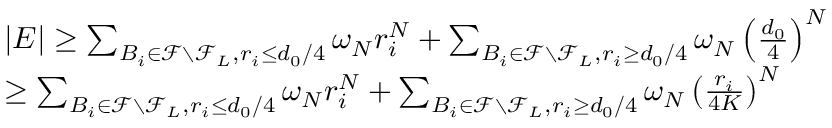
\begin{array} { r l } & { | E | \ge \sum _ { B _ { i } \in \mathcal { F } \setminus \mathcal { F } _ { L } , r _ { i } \le d _ { 0 } / 4 } \omega _ { N } r _ { i } ^ { N } + \sum _ { B _ { i } \in \mathcal { F } \setminus \mathcal { F } _ { L } , r _ { i } \ge d _ { 0 } / 4 } \omega _ { N } \left( \frac { d _ { 0 } } { 4 } \right) ^ { N } } \\ & { \ge \sum _ { B _ { i } \in \mathcal { F } \setminus \mathcal { F } _ { L } , r _ { i } \le d _ { 0 } / 4 } \omega _ { N } r _ { i } ^ { N } + \sum _ { B _ { i } \in \mathcal { F } \setminus \mathcal { F } _ { L } , r _ { i } \ge d _ { 0 } / 4 } \omega _ { N } \left( \frac { r _ { i } } { 4 K } \right) ^ { N } } \end{array}